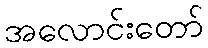
အလောင်းတော်